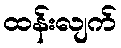
ထန်းလျက်